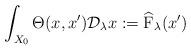
LaTeX: \begin{align*}\int_{X_0}\Theta(x,x')\mathcal{D}_\lambda x:=\widehat{\mathrm{F}}_\lambda(x')\end{align*}